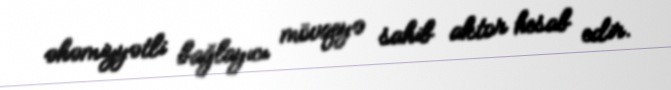
əhəmiyyətli bağlayıcı mövqeyə sahib aktor hesab edir.